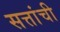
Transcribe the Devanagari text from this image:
सत्तांची